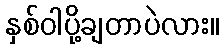
နှစ်ဝါပို့ချတာပဲလား။